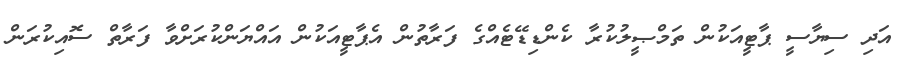
އަދި ސިޔާސީ ޕާޓީއަކުން ތަމްޞީލުކުރާ ކެންޑިޑޭޓެއްގެ ފަރާތުން އެޕާޓީއަކުން އައްޔަންކުރަށްވާ ފަރާތް ސޮއިކުރަން